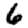
Digit: 6